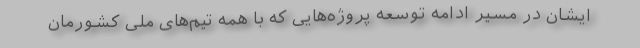
ایشان در مسیر ادامه توسعه پروژه‌هایی که با همه تیم‌های ملی کشورمان